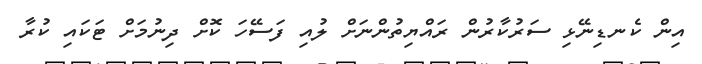
އިން ކެނޑިނޭޅި ސަރުކާރުން ރައްޔިތުންނަށް ލުއި ފަސޭހަ ކޮށް ދިނުމަށް ޓަކައި ކުރާ